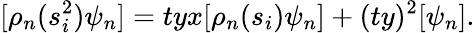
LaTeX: [\rho_{n}(s_{i}^{2})\psi_{n}]=tyx[\rho_{n}(s_{i})\psi_{n}]+(ty)^{2}[\psi_{n}].